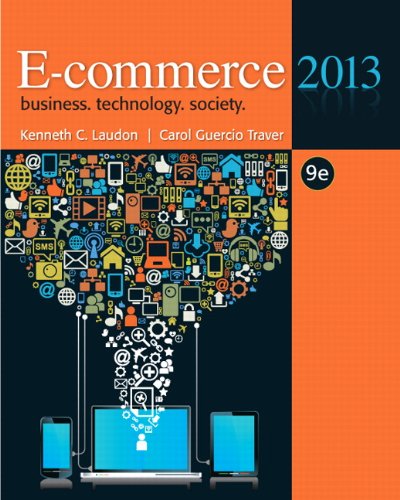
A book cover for E-commerce 2013 (9th Edition); Kenneth C. Laudon; Computers & Technology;